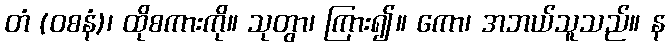
တံ (ဝစနံ)၊ ထိုစကားကို။ သုတွာ၊ ကြား၍။ ကော၊ အဘယ်သူသည်။ န